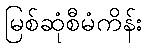
မြစ်ဆုံစီမံကိန်း